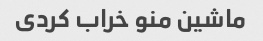
ماشین منو خراب کردی